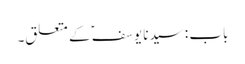
باب : سیدنا یوسفؑ کے متعلق۔